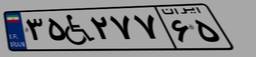
۳۵W۲۷۷۶۵